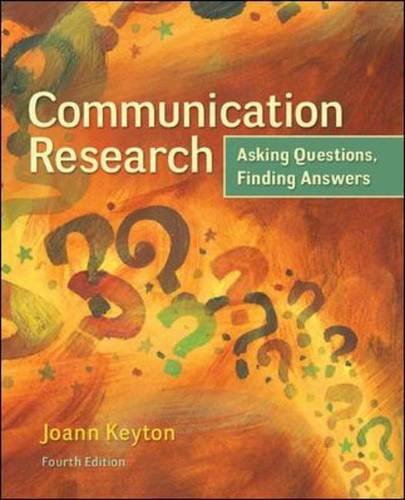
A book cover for Communication Research: Asking Questions, Finding Answers; Joann Keyton; Reference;